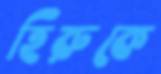
হিরুকে